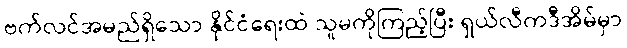
ဗက်လင်အမည်ရှိသော နိုင်ငံရေးထဲ သူမကိုကြည့်ပြီး ရှယ်လီကဒီအိမ်မှာ